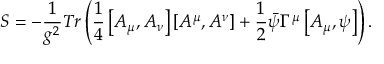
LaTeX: S = - \frac { 1 } { g ^ { 2 } } T r \left( \frac { 1 } { 4 } \left[ A _ { \mu } , A _ { \nu } \right] \left[ A ^ { \mu } , A ^ { \nu } \right] + \frac { 1 } { 2 } \bar { \psi } \Gamma ^ { \mu } \left[ A _ { \mu } , \psi \right] \right) .